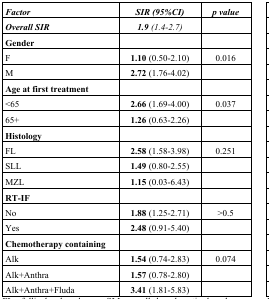
<table><thead><tr><td><b><i>Factor</i></b></td><td><b><i>SIR (95%CI)</i></b></td><td><b><i>p value</i></b></td></tr></thead><tbody><tr><td><b><i>Overall SIR</i></b></td><td><b><i>1.9</i></b><i>(1.4–2.7)</i></td><td></td></tr><tr><td><b>Gender</b></td><td></td><td></td></tr><tr><td>F</td><td><b>1.10</b> (0.50–2.10)</td><td>0.016</td></tr><tr><td>M</td><td><b>2.72</b> (1.76–4.02)</td><td></td></tr><tr><td><b>Age at first treatment</b></td><td></td><td></td></tr><tr><td>&lt;65</td><td><b>2.66</b> (1.69–4.00)</td><td>0.037</td></tr><tr><td>65+</td><td><b>1.26</b> (0.63–2.26)</td><td></td></tr><tr><td><b>Histology</b></td><td></td><td></td></tr><tr><td>FL</td><td><b>2.58</b> (1.58–3.98)</td><td>0.251</td></tr><tr><td>SLL</td><td><b>1.49</b> (0.80–2.55)</td><td></td></tr><tr><td>MZL</td><td><b>1.15</b> (0.03–6.43)</td><td></td></tr><tr><td><b>RT-IF</b></td><td></td><td></td></tr><tr><td>No</td><td><b>1.88</b> (1.25–2.71)</td><td>&gt;0.5</td></tr><tr><td>Yes</td><td><b>2.48</b> (0.91–5.40)</td><td></td></tr><tr><td><b>Chemotherapy containing</b></td><td></td><td></td></tr><tr><td>Alk</td><td><b>1.54</b> (0.74–2.83)</td><td>0.074</td></tr><tr><td>Alk+Anthra</td><td><b>1.57</b> (0.78–2.80)</td><td></td></tr><tr><td>Alk+Anthra+Fluda</td><td><b>3.41</b> (1.81–5.83)</td><td></td></tr></tbody></table>